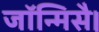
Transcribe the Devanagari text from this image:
जॉन्मिसै।